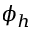
\phi _ { h }